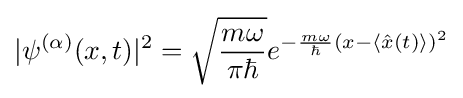
|\psi ^{(\alpha )}(x,t)|^{2}={\sqrt {\frac {m\omega }{\pi \hbar }}}e^{-{\frac {m\omega }{\hbar }}\left(x-\langle {\hat {x}}(t)\rangle \right)^{2}}